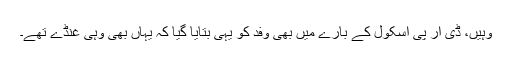
وہیں، ڈی آر پی اسکول کے بارے میں بھی وفد کو یہی بتایا گیا کہ یہاں بھی وہی غنڈے تھے۔